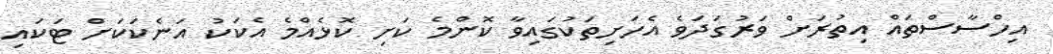
އިހްސާސްތައް އިތުރަށް ވަރުގަދަވެ އެހަށިތަކުގައިވާ ކޮންމެ ކަށި ކޮޅެއްމެ އެކަކު އަނެކަކަށް ޓަކައި